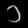
Digit: ၁